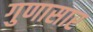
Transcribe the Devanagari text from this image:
गुणासार